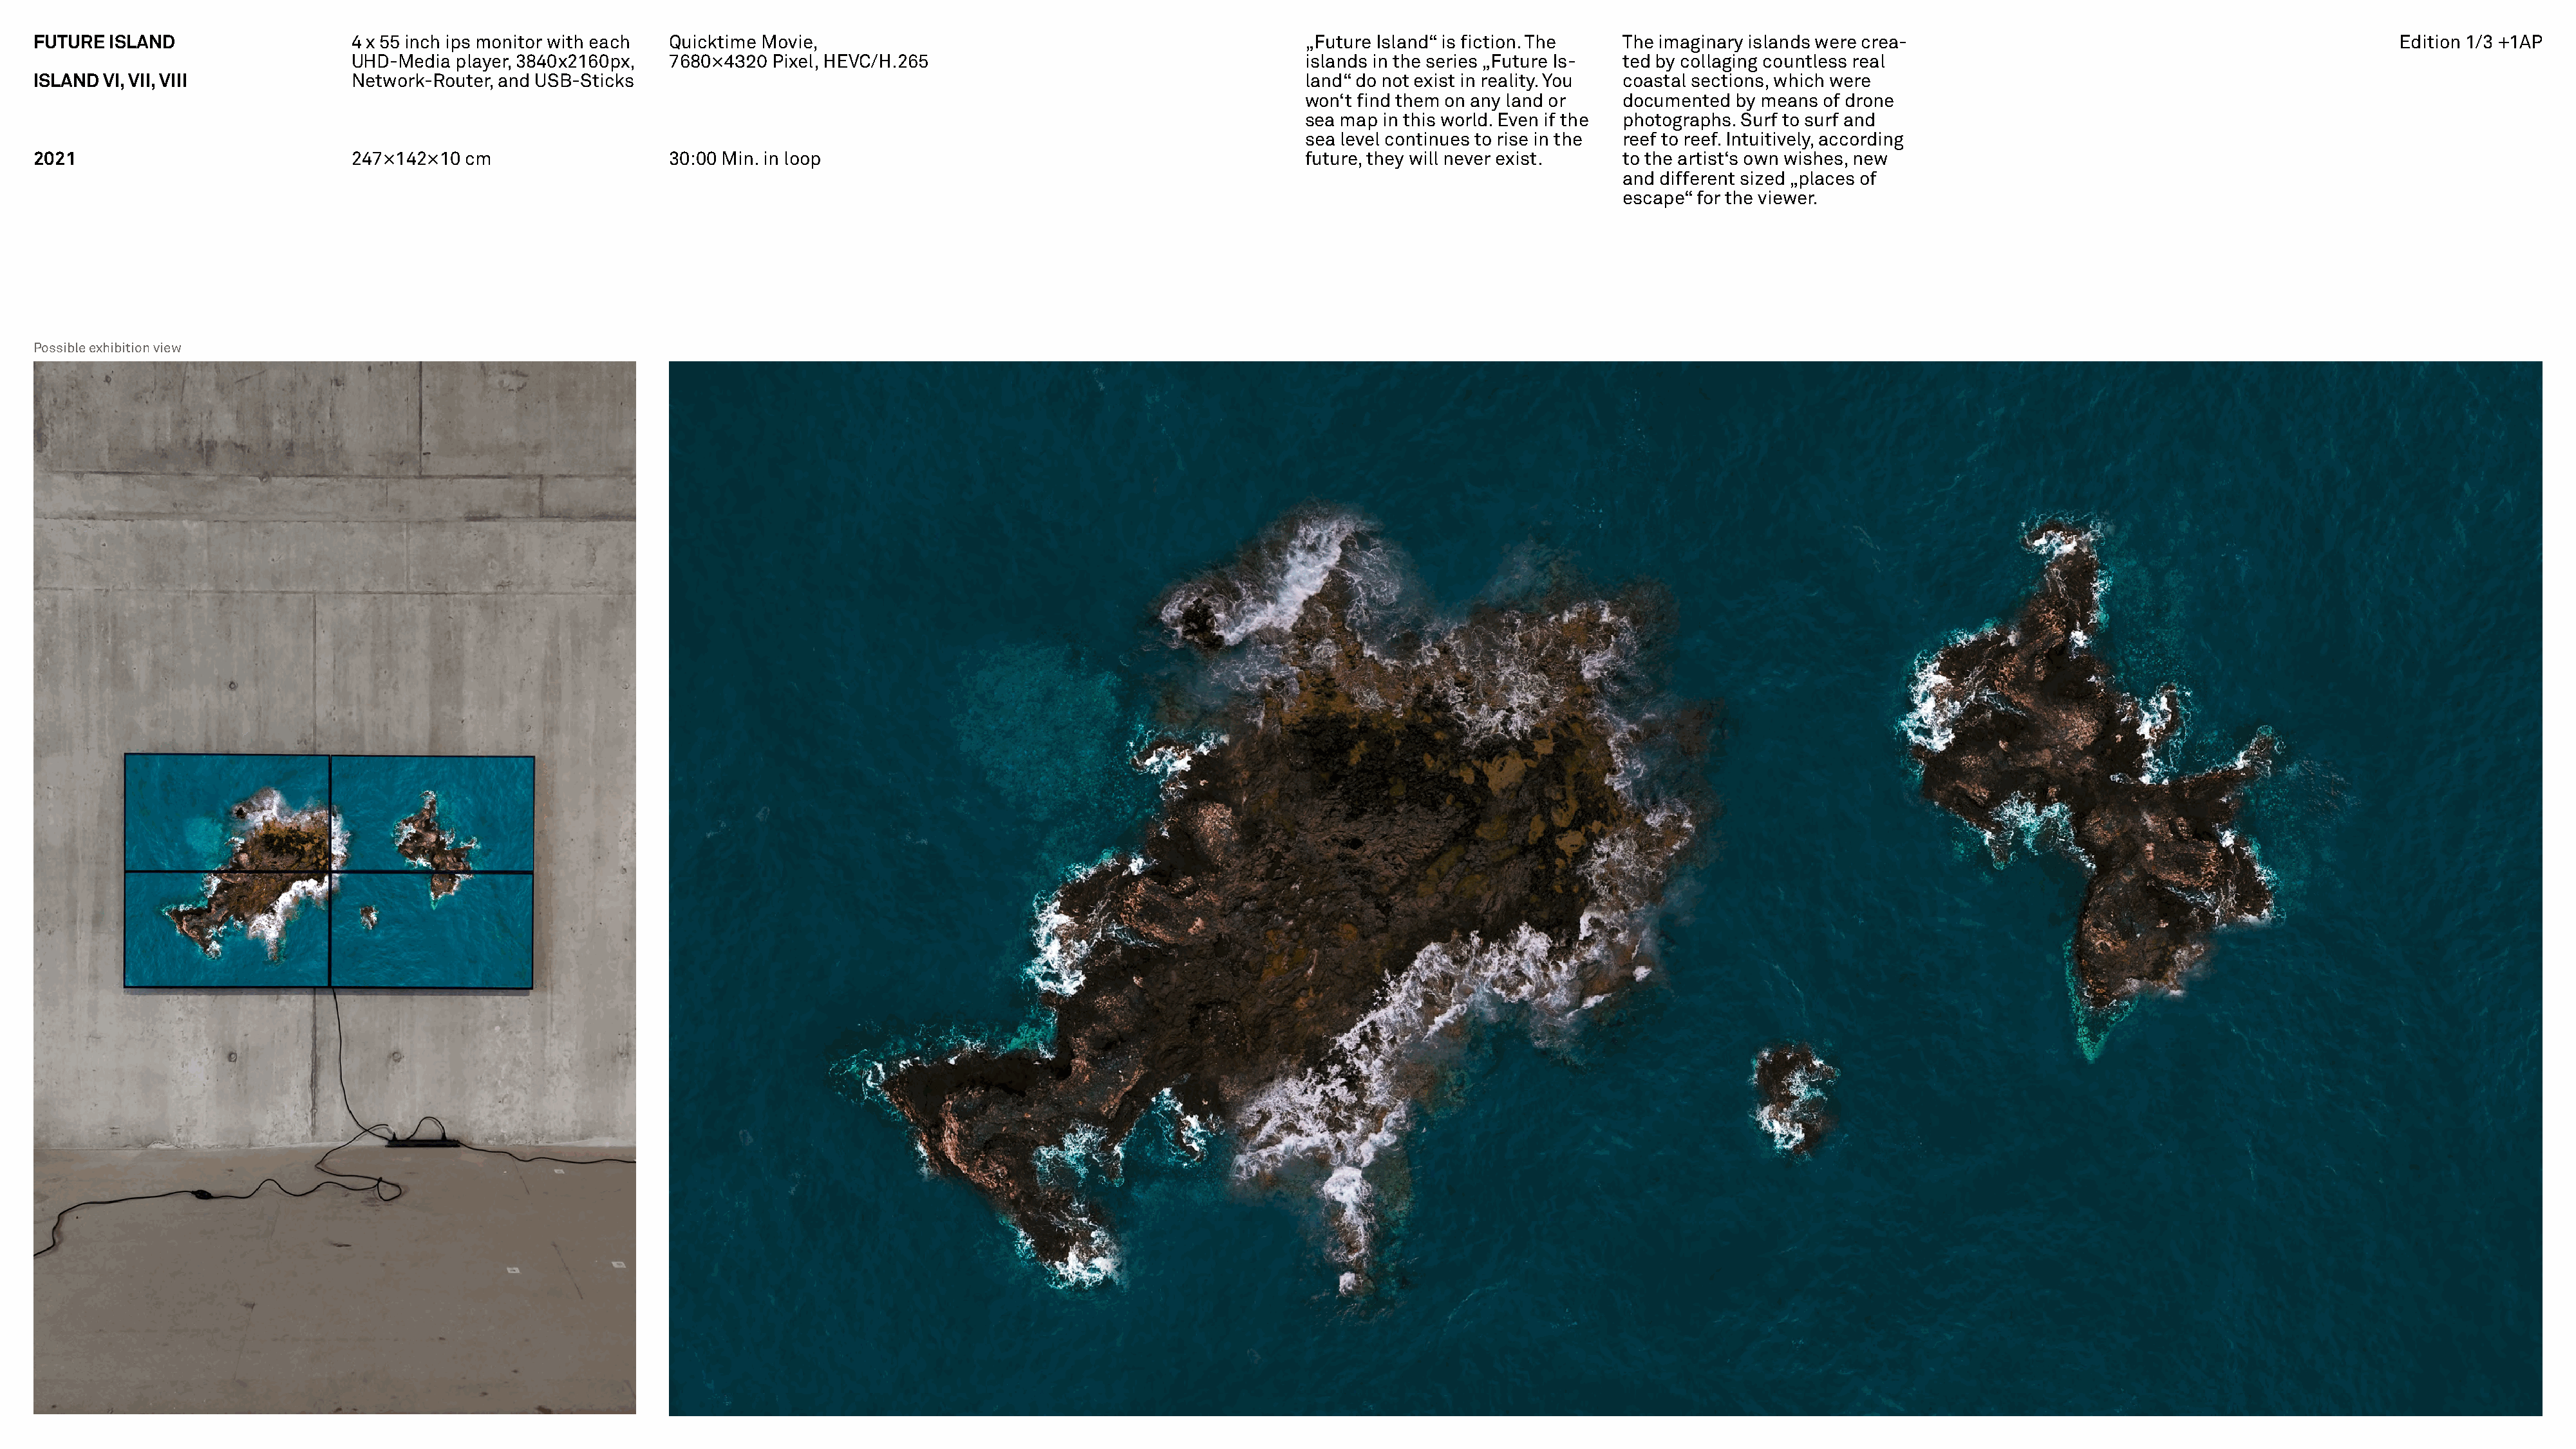
FUTURE  ISLAND                   4 x 55 inch ips monitor with each Quicktime Movie,                                                „Future Island“ is fiction. The  The imaginary islands were crea-                                                Edition 1/3 +1AP
 UHD-Media  player, 3840x2160px,  7680×4320 Pixel, HEVC/H.265                                      islands in the series „Future Is- ted by collaging countless real
 ISLAND  VI, VII, VIII            Network-Router, and USB-Sticks                                                                    land“ do not exist in reality. You coastal sections, which were
 won‘t find them on any land or   documented by means of drone
 sea map in this world. Even if the photographs. Surf to surf and
 sea level continues to rise in the reef to reef. Intuitively, according
 2021                             247×142×10  cm                   30:00 Min. in loop                                               future, they will never exist.   to the artist‘s own wishes, new
 and different sized „places of
 escape“ for the viewer.
 Possible exhibition view